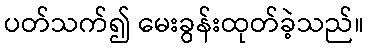
ပတ်သက်၍ မေးခွန်းထုတ်ခဲ့သည်။